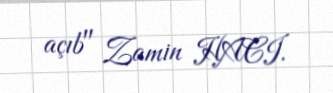
açıb" Zamin HACI.